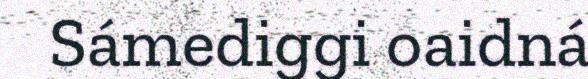
Sámediggi oaidná